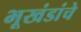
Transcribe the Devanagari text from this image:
भूखंडांचे